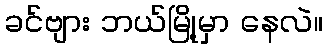
ခင်ဗျား ဘယ်မြို့မှာ နေလဲ။